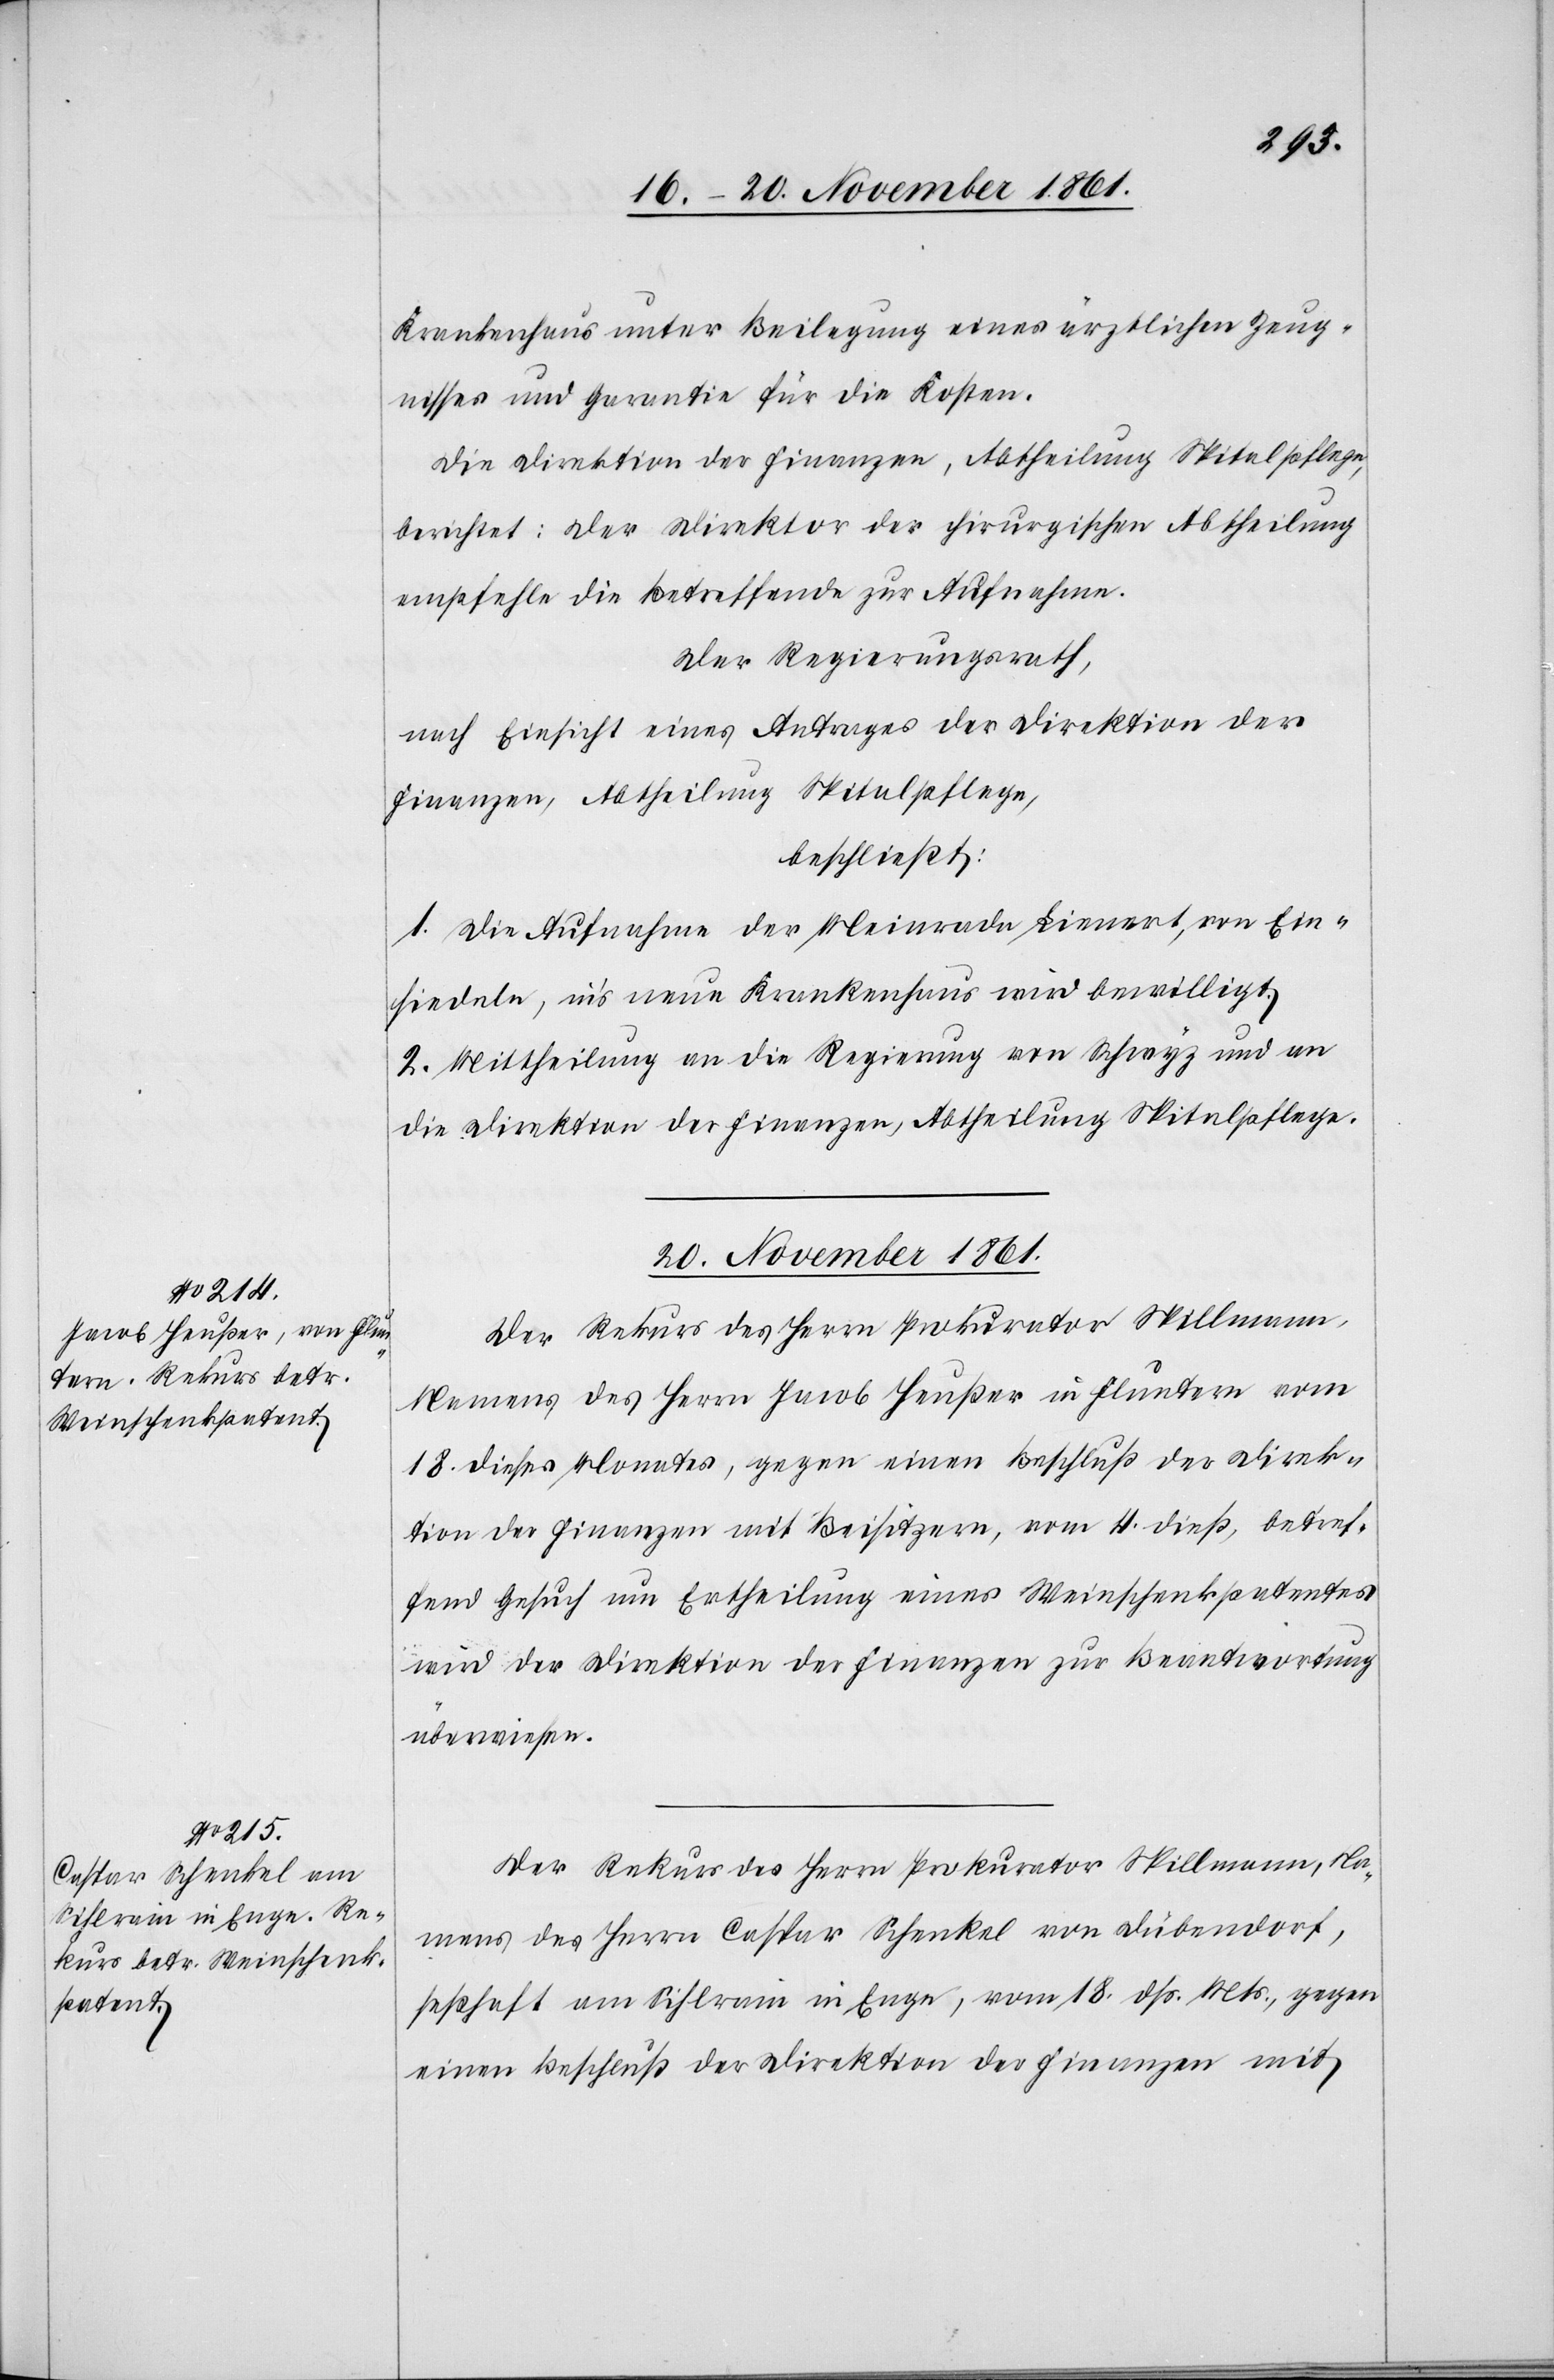
Krankenhaus unter Beilegung eines ärztlichen Zeug¬
nisses und Garantie für die Kosten.
Die Direktion der Finanzen, Abtheilung Spitalpflege,
berichtet: Der Direktor der chirurgischen Abtheilung
empfehle die Betreffende zur Aufnahme.
Der Regierungsrath,
nach Einsicht eines Antrages der Direktion der
Finanzen, Abtheilung Spitalpflege,
beschließt:
1. Die Aufnahme der Meinrada Lienert, von Ein¬
siedeln, in’s neue Krankenhaus wird bewilligt.
2. Mittheilung an die Regierung von Schwyz und an
die Direktion der Finanzen, Abtheilung Spitalpflege.
20 November 1861.]
Der Rekurs des Herrn Prokurator Spillmann
Namens des Herrn Jacob Heußer in Fluntern vom
18 dieses Monates, gegen einen Beschluß der Direk¬
tion der Finanzen mit Beisitzern, vom 4 dieß, betref¬
fend Gesuch um Ertheilung eines Weinschenkpatentes
wird der Direktion der Finanzen zur Beantwortung
überwiesen.
Der Rekurs des Herrn Prokurator Spillmann, Na¬
mens des Herrn Caspar Schenkel von Dübendorf,
seßhaft am Sihlrain in Enge, vom 18 dß. Mts., gegen
einen Beschluß der Direktion der Finanzen mit